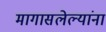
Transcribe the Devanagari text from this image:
मागासलेल्यांना